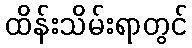
ထိန်းသိမ်းရာတွင်